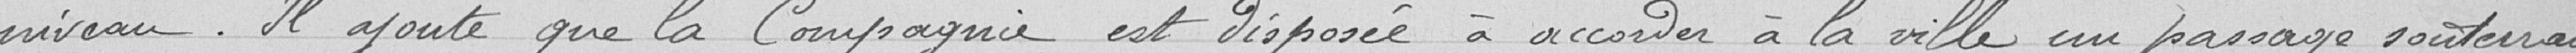
niveau. Il ajoute que la compagnie est disposée à accorder à la ville un passage souterrain,